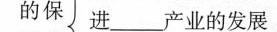
的保进___产业的发展